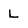
Character: L